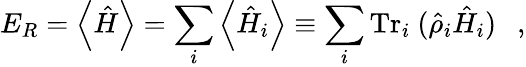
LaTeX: E_{R}=\left\langle\hat{H}\right\rangle=\sum_{i}\left\langle\hat{H}_{i}\right\rangle\equiv\sum_{i}\mathrm{Tr}_{i}~(\hat{\rho}_{i}\hat{H}_{i})~~~,